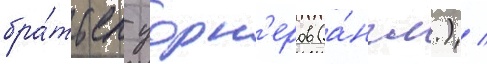
бра́тьев уорн'еров (а́нгл.) /